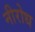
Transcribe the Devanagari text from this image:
नीरोध